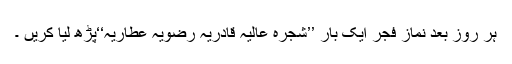
ہر روز بعد نماز فجر ایک بار ’’شجرہ عالیہ قادریہ رضویہ عطّاریہ‘‘پڑھ لیا کریں ۔